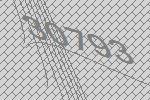
30793